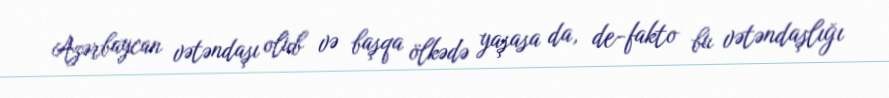
Azərbaycan vətəndaşı olub və başqa ölkədə yaşasa da, de-fakto bu vətəndaşlığı